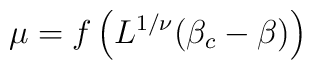
\mu = f\left(L^{1/\nu}(\beta_c-\beta)\right)